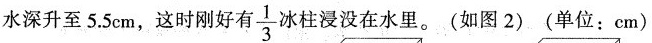
水深升至5.5cm，这时刚好有 $$\frac{1}{3}$$ 柱浸没在水里。(如图2)(单位：cm)